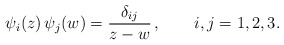
\begin{align*}\psi_i (z) \, \psi_j (w)=\frac{\delta_{i j}}{z-w} \, ,\qquad i,j = 1,2,3.\end{align*}